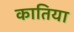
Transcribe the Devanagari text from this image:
कातिया